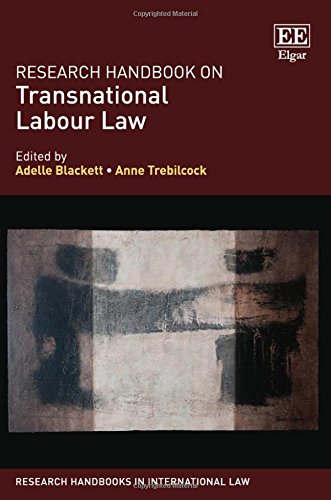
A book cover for Research Handbook on Transnational Labour Law (Research Handbooks in International Law); Adelle Blackett; Law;